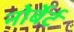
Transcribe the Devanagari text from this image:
नोर्बेर्ट